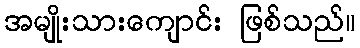
အမျိုးသားကျောင်း ဖြစ်သည်။